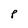
Character: p